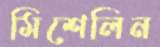
মিশেলিন